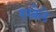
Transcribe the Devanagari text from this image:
रखैले